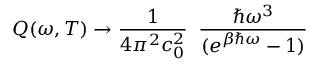
Q ( \omega , T ) \to \frac { 1 } { 4 \pi ^ { 2 } c _ { 0 } ^ { 2 } } \; \; \frac { \hbar \omega ^ { 3 } } { ( e ^ { \beta \hbar \omega } - 1 ) }